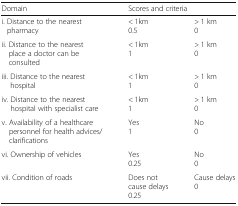
<table><thead><tr><td><b>Domain</b></td><td colspan="2"><b>Scores and criteria</b></td></tr></thead><tbody><tr><td>i. Distance to the nearest pharmacy</td><td>&lt; 1km0.5</td><td>&gt; 1 km0</td></tr><tr><td>ii. Distance to the nearest place a doctor can be consulted</td><td>&lt; 1km1</td><td>&gt; 1 km0</td></tr><tr><td>iii. Distance to the nearest hospital</td><td>&lt; 1km1</td><td>&gt; 1 km0</td></tr><tr><td>iv. Distance to the nearest hospital with specialist care</td><td>&lt; 1km1</td><td>&gt; 1 km0</td></tr><tr><td>v. Availability of a healthcare personnel for health advices/ clarifications</td><td>Yes1</td><td>No0</td></tr><tr><td>vi. Ownership of vehicles</td><td>Yes0.25</td><td>No0</td></tr><tr><td>vii. Condition of roads</td><td>Does not cause delays0.25</td><td>Cause delays0</td></tr></tbody></table>